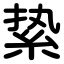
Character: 絷